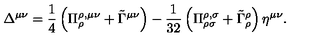
\Delta ^ { \mu \nu } = \frac 1 4 \left( \Pi _ { \rho } ^ { \rho , \mu \nu } + \tilde { \Gamma } ^ { \mu \nu } \right) - { \frac 1 { 3 2 } } \left( \Pi _ { \rho \sigma } ^ { \rho , \sigma } + \tilde { \Gamma } _ { \rho } ^ { \rho } \right) \eta ^ { \mu \nu } .